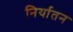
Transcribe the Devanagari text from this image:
निर्यातन